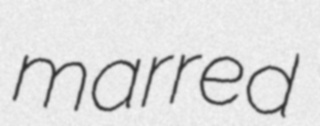
marred